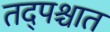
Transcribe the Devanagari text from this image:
तद्पश्चात